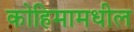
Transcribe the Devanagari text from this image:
कोहिमामधील